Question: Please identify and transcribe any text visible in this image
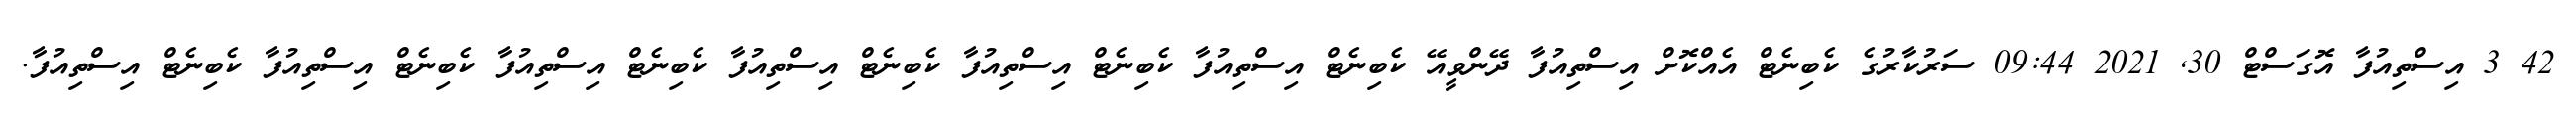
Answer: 42 3 އިސްތިއުފާ އޮގަސްޓް 30, 2021 09:44 ސަރުކާރުގެ ކެބިނެޓް އެއްކޮށް އިސްތިއުފާ ދޭންވީއޭ ކެބިނެޓް އިސްތިއުފާ ކެބިނެޓް އިސްތިއުފާ ކެބިނެޓް އިސްތިއުފާ ކެބިނެޓް އިސްތިއުފާ ކެބިނެޓް އިސްތިއުފާ ކެބިނެޓް އިސްތިއުފާ.